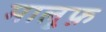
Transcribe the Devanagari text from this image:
मालूफ़